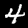
Digit: 4